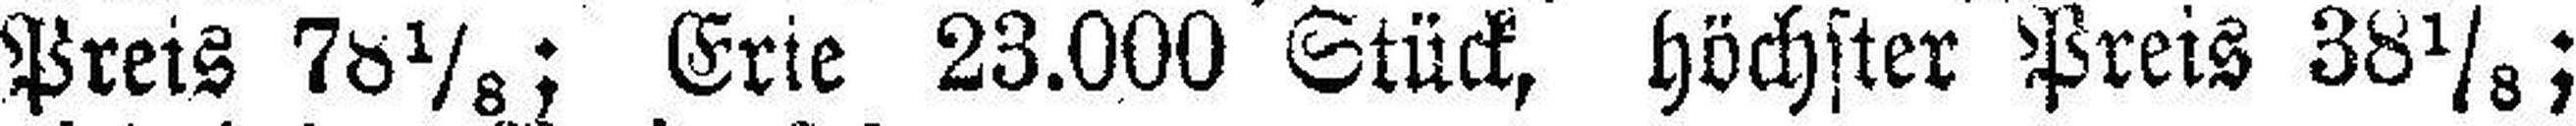
Preis 78⅛: Erie 23.000 Stück, höchster Preis 38⅛;